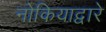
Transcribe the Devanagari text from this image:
नोकियाद्वारे